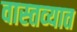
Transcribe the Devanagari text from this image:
वास्‍तव्‍यात